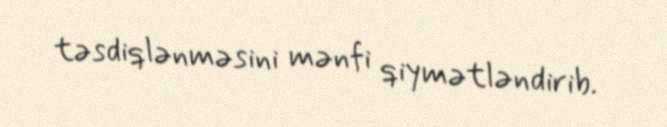
təsdiqlənməsini mənfi qiymətləndirib.